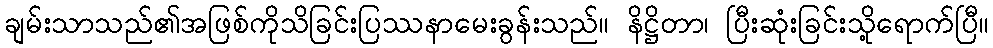
ချမ်းသာသည်၏အဖြစ်ကိုသိခြင်းပြဿနာမေးခွန်းသည်။ နိဋ္ဌိတာ၊ ပြီးဆုံးခြင်းသို့ရောက်ပြီ။